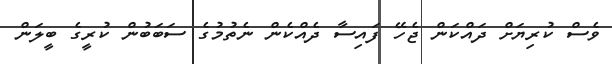
ވެސް ކުރިޔަށް ދައްކަން ޖެހޭ ފައިސާ ދެއްކެން ނެތުމުގެ ސަބަބުން ކުރީގެ ބީލަން